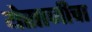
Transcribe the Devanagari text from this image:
येसाजीचा